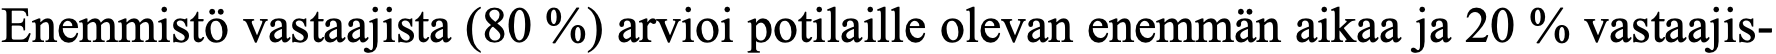
Enemmistö vastaajista (80 %) arvioi potilaille olevan enemmän aikaa ja 20 % vastaajis-